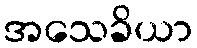
အသေခိယာ